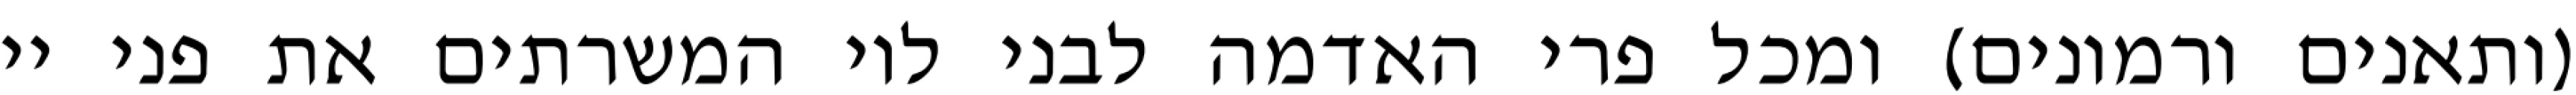
(ותאנים ורמונים) ומכל פרי האדמה לבני לוי המשרתים את פני יי